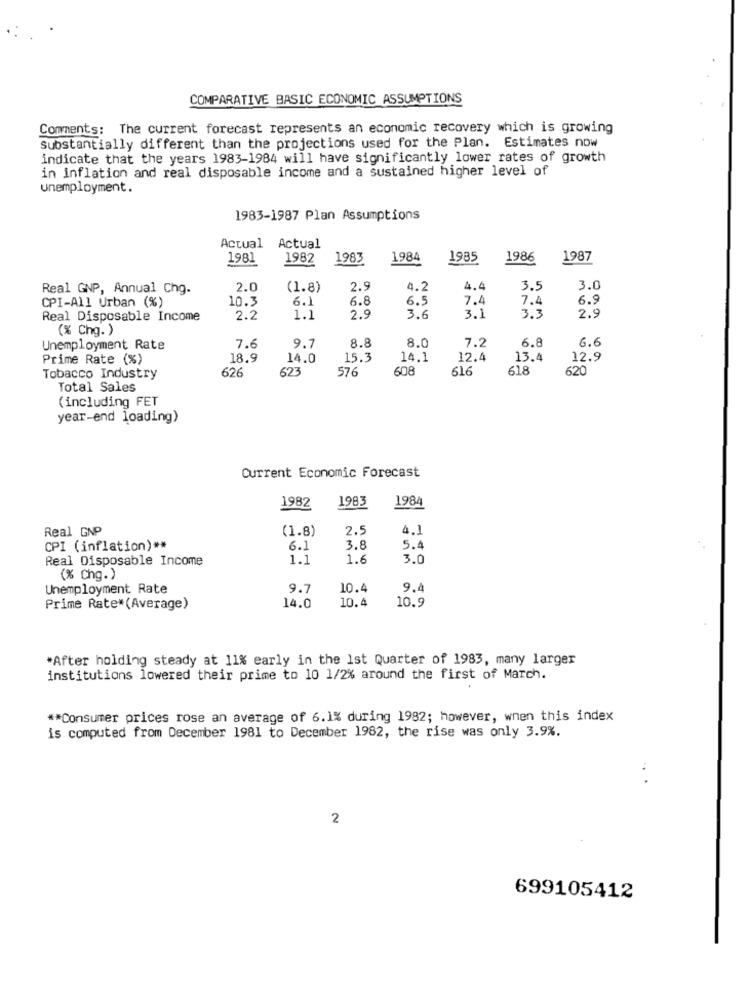
COMPARATIVE BASIC ECONOMIC ASSUMPTIONS
Comments: The current forecast represents an economic recovery which is growing
Substantially different than the projections used for the Plan. Estimates now
indicate that the years 1983-1984 will have significantly lower rates of growth
in inflation and real disposable income and a sustained higher level of
unemployment.
1983-1987 Plan Assumptions
Actual Actual
1981
1982
1983
1984
1985
1986
1987
Real GNP, Annual Chg.
2.0
(1.8)
2.5
4.2
4.4
3.5
3.0
CPI-All Urban (%)
10.3
6.1
6.8
6.5
7.4
7.
6.9
Real Disposable Income
2.2
1.1
2.9
3.6
3.1
3.3
2.9
(% Chg. )
8.0
7.2
6.6
Unemployment Rate
7.6
9.7
8.8
6.8
Prime Rate (%)
18.9
14.0
15.3
14.1
12.4
13.4
12.9
626
623
576
608
616
618
620
Tobacco Industry
Total Sales
(including FET
year-end loading)
Current Economic Forecast
1982
1983
1984
Real GNP
(1.8)
2.5
4.1
CPI (inflation) **
6.1
3.8
5.4
Real Disposable Income
1.1
1.6
3.0
(% Chg. )
Unemployment Rate
9.7
10.4
9.4
10.4
10.9
Prime Rate*(Average)
14.0
*After holding steady at 11% early in the 1st Quarter of 1983, many larger
institutions lowered their prime to 10 1/2% around the first of March.
** Consumer prices rose an average of 6.1% during 1982; however, when this index
is computed from December 1981 to December 1982, the rise was only 3.9%.
...
2
699105412